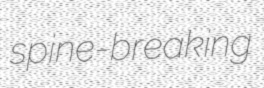
spine-breaking